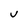
Character: U